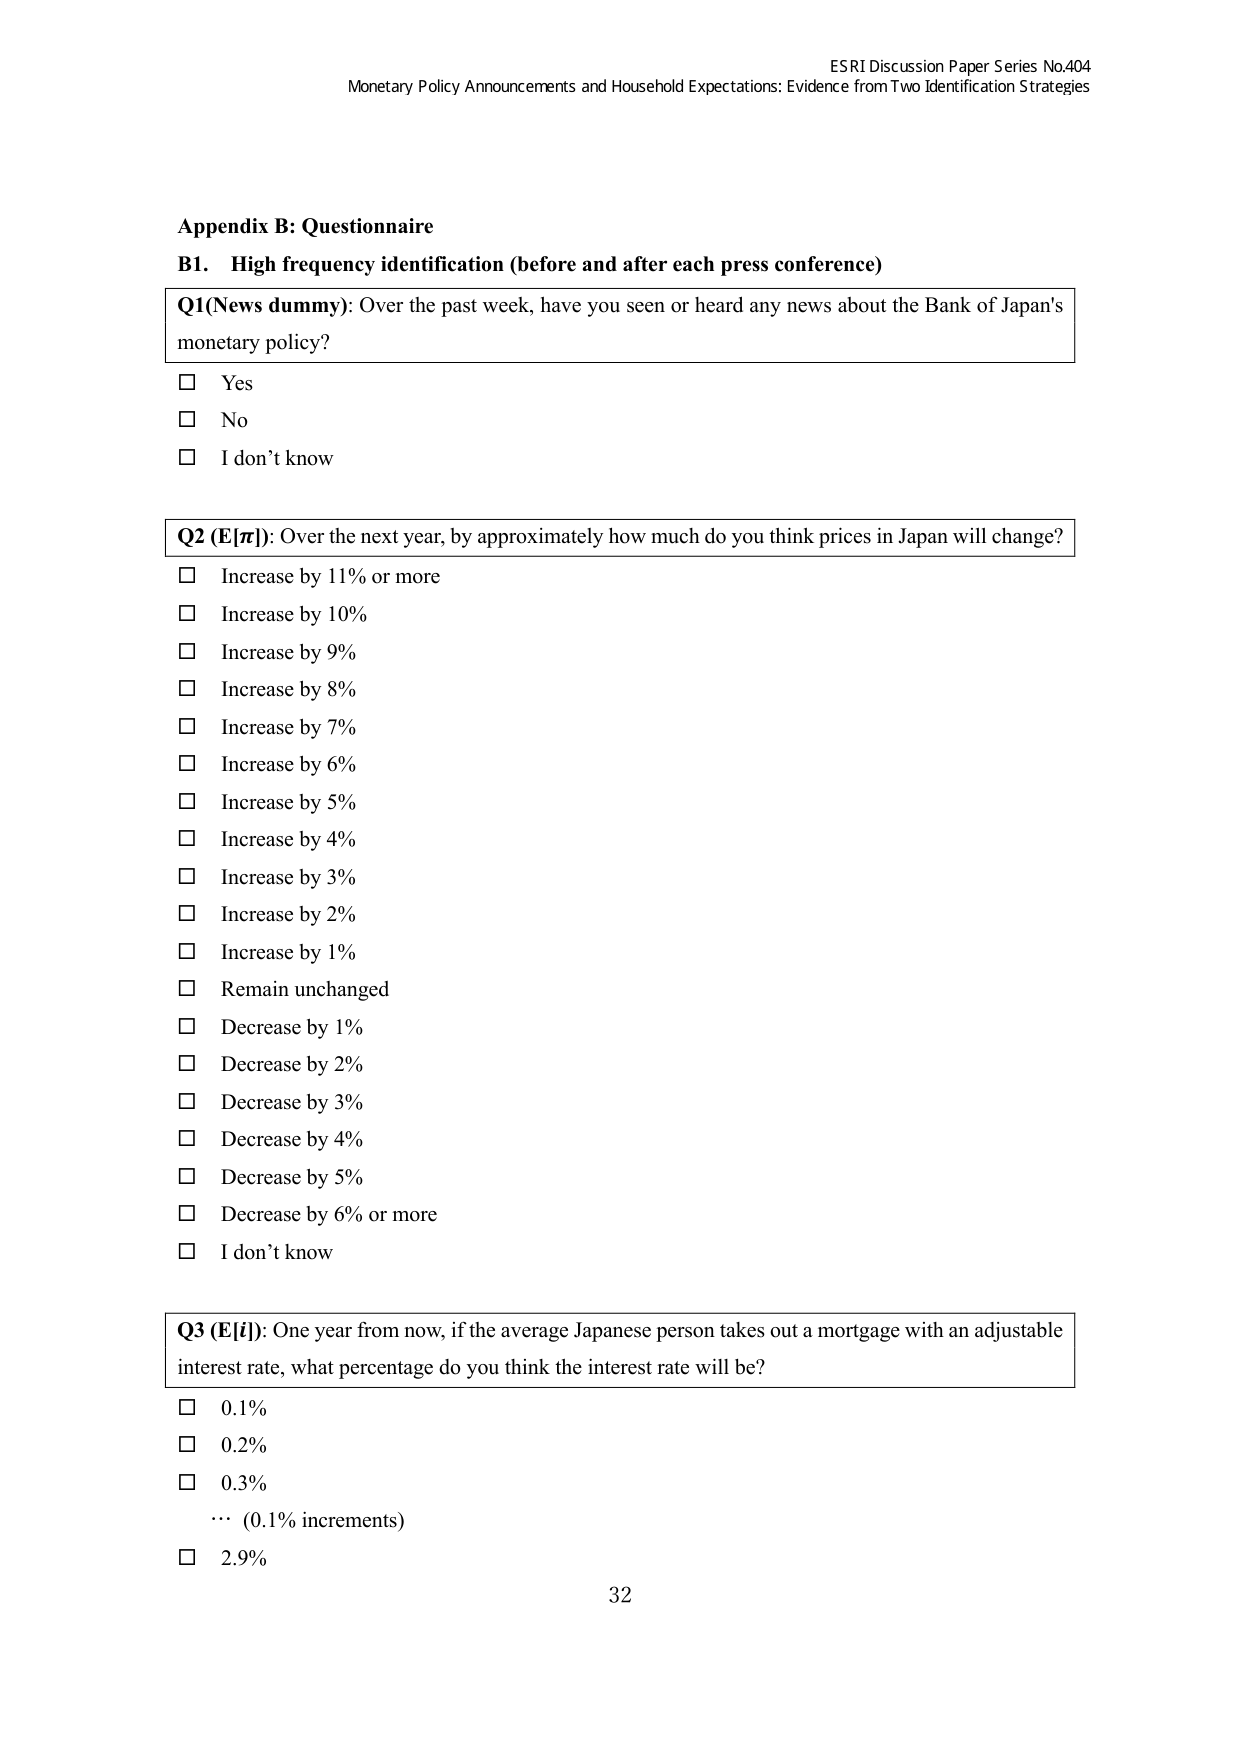
ESRI Discussion Paper Series No.404
Monetary Policy Announcements and Household Expectations: Evidence from Two Identification Strategies

Appendix B: Questionnaire
B1. High frequency identification (before and after each press conference)

Q1 (News dummy): Over the past week, have you seen or heard any news about the Bank of Japan's monetary policy?
□ Yes
□ No
□ I don't know

Q2 (E[π]): Over the next year, by approximately how much do you think prices in Japan will change?
□ Increase by 11% or more
□ Increase by 10%
□ Increase by 9%
□ Increase by 8%
□ Increase by 7%
□ Increase by 6%
□ Increase by 5%
□ Increase by 4%
□ Increase by 3%
□ Increase by 2%
□ Increase by 1%
□ Remain unchanged
□ Decrease by 1%
□ Decrease by 2%
□ Decrease by 3%
□ Decrease by 4%
□ Decrease by 5%
□ Decrease by 6% or more
□ I don't know

Q3 (E[i]): One year from now, if the average Japanese person takes out a mortgage with an adjustable interest rate, what percentage do you think the interest rate will be?
□ 0.1%
□ 0.2%
□ 0.3%
… (0.1% increments)
□ 2.9%

32